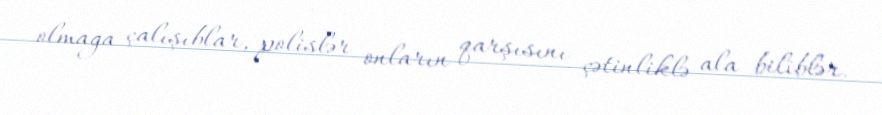
olmağa çalışıblar, polislər onların qarşısını çətinliklə ala biliblər.